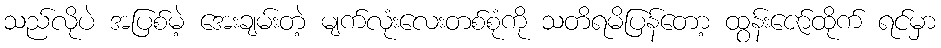
သည်လိုပဲ အပြစ်မဲ့ အေးချမ်းတဲ့ မျက်လုံးလေးတစ်စုံကို သတိရမိပြန်တော့ ထွန်းဇော်ထိုက် ရင်မှာ